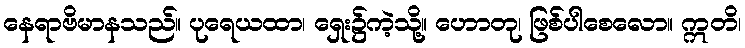
နေရာဗိမာနသည်။ ပုရေယထာ၊ ရှေး၌ကဲ့သို့။ ဟောတု၊ ဖြစ်ပါစေလော။ ဣတိ၊